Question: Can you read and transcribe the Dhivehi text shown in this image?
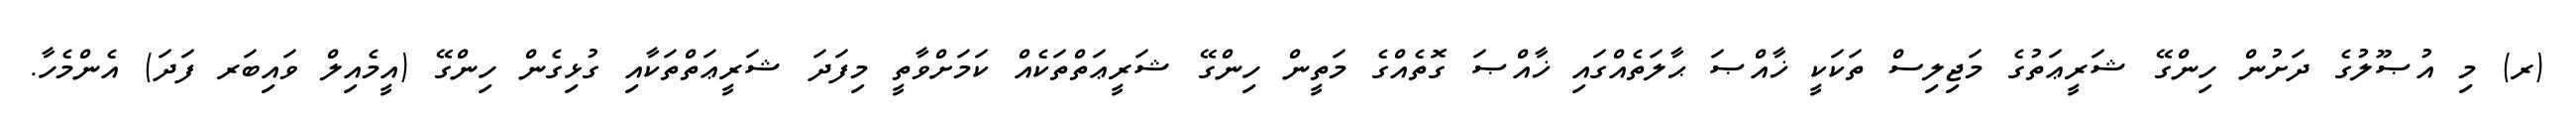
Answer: (ރ) މި އުޞޫލުގެ ދަށުން ހިންގޭ ޝަރީޢަތުގެ މަޖިލިސް ތަކަކީ ޚާއްޞަ ޙާލަތެއްގައި ޚާއްޞަ ގޮތެއްގެ މަތީން ހިންގޭ ޝަރީޢަތްތަކެއް ކަމަށްވާތީ މިފަދަ ޝަރީޢަތްތަކާއި ގުޅިގެން ހިންގޭ (އީމެއިލް ވައިބަރ ފަދަ) އެންމެހާ.